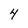
Character: 4